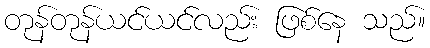
တုန်တုန်ယင်ယင်လည်း ဖြစ်နေ သည်။